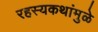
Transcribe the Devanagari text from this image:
रहस्यकथांमुळे